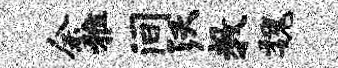
余雅间沃教魏